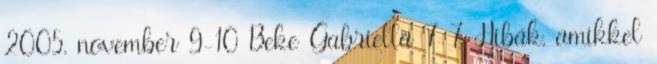
2005. november 9-10 Beke Gabriella 7 7 Hibák, amikkel